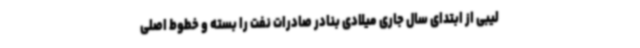
لیبی از ابتدای سال جاری میلادی بنادر صادرات نفت را بسته و خطوط اصلی